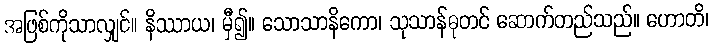
အဖြစ်ကိုသာလျှင်။ နိဿာယ၊ မှီ၍။ သောသာနိကော၊ သုသာန်ဓုတင် ဆောက်တည်သည်။ ဟောတိ၊